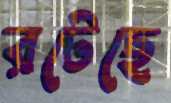
রটেছে